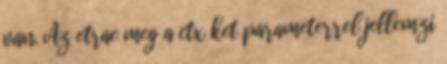
van. Az etrac meg a ctx ket parameterrel jellemzi